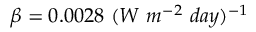
\beta = 0 . 0 0 2 8 ~ ( W ~ m ^ { - 2 } ~ d a y ) ^ { - 1 }